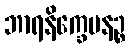
ဘာရနိက္ခေပနဉ္စ